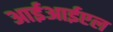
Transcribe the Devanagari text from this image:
आईआईएल